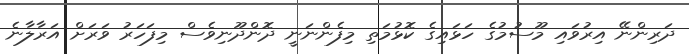
ދަރިންނޭ އިރުވައި މޫސުމުގެ ހަޅައިގެ ކޮޅުމަތި މިފެންނަނީ ދޮންދޫނިވެސް މިފަހަރު ވަރަށް އަރާލާނެ